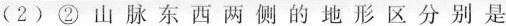
(2)②山脉东西两侧的地形区分别是